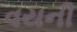
વયની